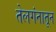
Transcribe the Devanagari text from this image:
तेलगंनातून